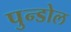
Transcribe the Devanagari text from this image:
पुन्डोल